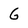
Character: G